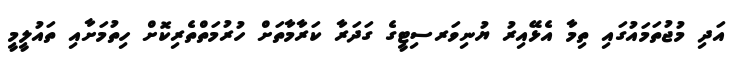
އަދި މުޖުތަމައުގައި ތިމާ އެޅޭއިރު ޔުނިވަރސިޓީގެ ގަދަރާ ކަރާމާތަށް ހުރުމަތްތެރިކޮށް ހިތުމަށާއި ތައުލީމީ